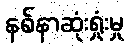
နစ်နာဆုံးရှုံးမှု